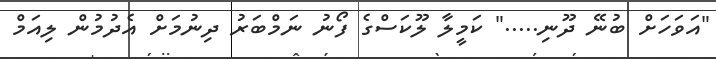
"އަވަހަށް ބުނޭ ދޫނި....." ކަމީލާ ލޫކަސްގެ ފޯނު ނަމްބަރު ދިނުމަށް އެދުމުން ލިއަމް